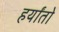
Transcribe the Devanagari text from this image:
हर्यांतो